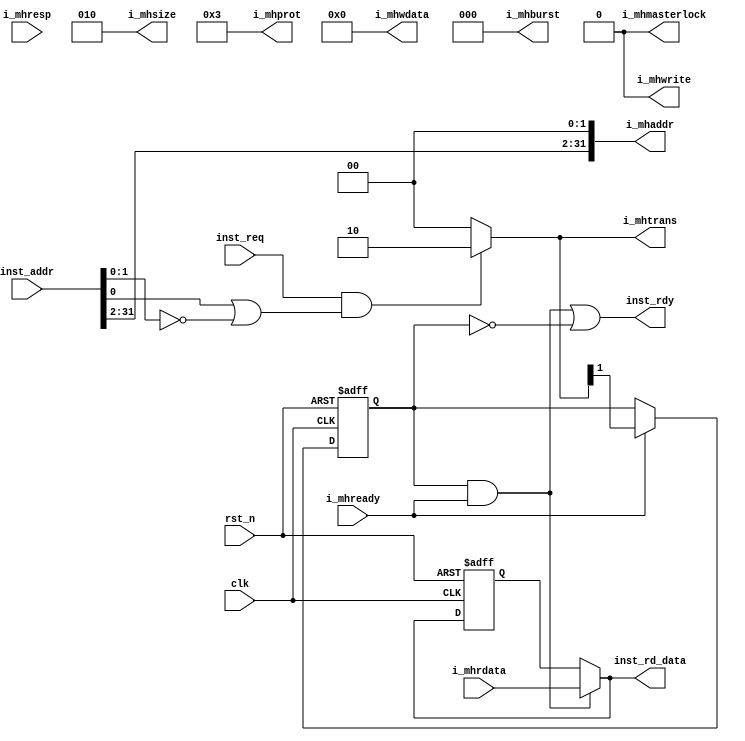

//************************************************************************//
//PODES:    Processor Optimization for Deeply Embedded System                                                                 
//Web:      http://www.mcucore.org                         
//Bug report: sunyata.peng@foxmail.com                                                                          
//Q_Q:   2143971503         
//************************************************************************//
//                                                                          
//  PODES_M0O - PODES IP Core                              
//                                      
//                                                                          
//  This library is free software; you can redistribute it and/or           
//  modify it under the terms of the GNU Lesser General Public              
//  License as published by the Free Software Foundation; either            
//  version 2.1 of the License, or (at your option) any later version.      
//                                                                          
//  This library is distributed in the hope that it will be useful,         
//  but WITHOUT ANY WARRANTY; without even the implied warranty of          
//  MERCHANTABILITY or FITNESS FOR A PARTICULAR PURPOSE.  See the GNU       
//  Lesser General Public License for more details.                         
//                                                                          
//  Full details of the license can be found in the file LGPL.TXT.          
//                                                                          
//  You should have received a copy of the GNU Lesser General Public        
//  License along with this library; if not, write to the Free Software     
//  Foundation, Inc., 59 Temple Place, Suite 330, Boston, MA 02111-1307 USA 
//                                                                          
//************************************************************************//
// Version     : 1.0
// Description : Internal instruction access signals to AMBA master bus.
//               Keep the REQ till INST_RDY is asserted, then latch DATA
//                 on next cycle if INST_RDY is asserted.
// -----------------------------History-----------------------------------//
// Date      BY   Version  Change Description
//
// 20200101  PODES   1.0      Initial Release. 
//                                                                        
//************************************************************************//
// --- CVS information:
// ---    $Author: $
// ---    $Revision: $
// ---    $Id: $
// ---    $Log$ 
//
//************************************************************************//

module inst_access (
             clk,
             rst_n,
             
             inst_addr,
             inst_req,
             inst_rd_data,
             inst_rdy,
                          
             i_mhaddr,
             i_mhtrans,
             i_mhwrite,
             i_mhwdata,
             i_mhsize,
             i_mhburst,
             i_mhprot,
             i_mhmasterlock,
             i_mhrdata,
             i_mhready,
             i_mhresp
             );

             
//-----------------------------------------------------------//
//                      INPUTS, OUTPUTS                      //
//-----------------------------------------------------------//
input             clk  ;
input             rst_n;
        
input [31:0]      inst_addr ;
input             inst_req  ;
output[31:0]      inst_rd_data;
output            inst_rdy    ;
           
output [31:0]      i_mhaddr ;
output [1:0]       i_mhtrans;
output             i_mhwrite;
output [31:0]      i_mhwdata;
output [2:0]       i_mhsize ;
output [2:0]       i_mhburst;
output [3:0]       i_mhprot ;
output             i_mhmasterlock;
input  [31:0]      i_mhrdata;
input              i_mhready;
input              i_mhresp ;


//-----------------------------------------------------------//
//                    REGISTERS & WIRES                      //
//-----------------------------------------------------------//

wire [31:0]     inst_rd_data;
wire            inst_rdy    ;
   
wire [31:0]     i_mhaddr ;
reg  [1:0]      i_mhtrans;
wire            i_mhwrite;
wire [31:0]     i_mhwdata;
wire [2:0]      i_mhsize ;
wire [2:0]      i_mhburst;
wire [3:0]      i_mhprot ;
wire            i_mhmasterlock;

reg             ahb_acc_dly;
reg [31:0]      data_keep;
wire            data_rdy;


//-----------------------------------------------------------//
//                          PARAMETERS                       //
//-----------------------------------------------------------//
parameter NOSEQ  = 2'b10;
parameter IDLE   = 2'b00;


//-----------------------------------------------------------//
//                          ARCHITECTURE                     //
//-----------------------------------------------------------//
 
//=======================================
//Generate control signals for BUS access.
//=======================================
always @*
begin //(a branch_addr or (not branch_addr but word align addr)
    if (inst_req && ((inst_addr[0]) | (inst_addr[1:0] == 2'b00)))
	    i_mhtrans = NOSEQ;
	else
	    i_mhtrans = IDLE;
	
end

assign i_mhaddr       = {inst_addr[31:2], 2'b00}; //always 32bit word alignment.
assign i_mhsize       = 3'b010; //32bits word access. 

assign i_mhwdata      = 32'b0;
assign i_mhwrite      = 1'b0;  //only read
assign i_mhburst      = 3'b000; //single burst
assign i_mhmasterlock = 1'b0;
assign i_mhprot       = 4'b0011;



//=======================================
//Generate inst and status.
//=======================================
always@ (posedge clk or negedge rst_n)
begin
  if (!rst_n)
  begin
    ahb_acc_dly  <= 1'b0;
  end
  else if (i_mhready)
  begin
   ahb_acc_dly  <= i_mhtrans[1]; 
  end
end

assign data_rdy = ahb_acc_dly & i_mhready;

always@ (posedge clk or negedge rst_n)
begin
  if (!rst_n)
  begin
    data_keep <= 32'b0;
  end
  else if (data_rdy)
  begin
    data_keep <= i_mhrdata;
  end
end

assign inst_rd_data = data_rdy ?  i_mhrdata  : data_keep;
assign inst_rdy     = data_rdy | (~ahb_acc_dly); //access ready or doesnt access.


endmodule